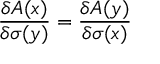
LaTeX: \frac { \delta A ( x ) } { \delta \sigma ( y ) } = \frac { \delta A ( y ) } { \delta \sigma ( x ) }